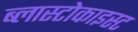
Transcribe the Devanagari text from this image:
ब्लास्टोकाइस्ट